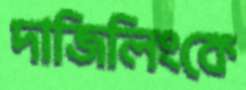
দাজিলিংকে